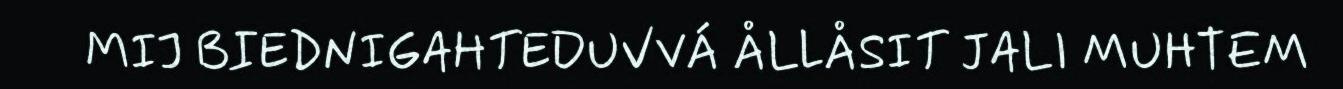
MIJ BIEDNIGAHTEDUVVÁ ÅLLÅSIT JALI MUHTEM